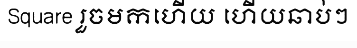
Square រួចមកហើយ ហើយឆាប់ៗ